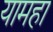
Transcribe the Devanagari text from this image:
यामहा